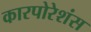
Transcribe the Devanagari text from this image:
कारपोरेशंस